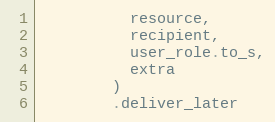
Language: Ruby
          resource,
          recipient,
          user_role.to_s,
          extra
        )
        .deliver_later